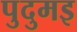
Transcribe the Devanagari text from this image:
पुदुमइ